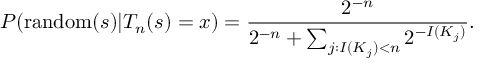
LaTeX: P ( \operatorname { r a n d o m } ( s ) | T _ { n } ( s ) = x ) = { \frac { 2 ^ { - n } } { 2 ^ { - n } + \sum _ { j : I ( K _ { j } ) < n } 2 ^ { - I ( K _ { j } ) } } } .